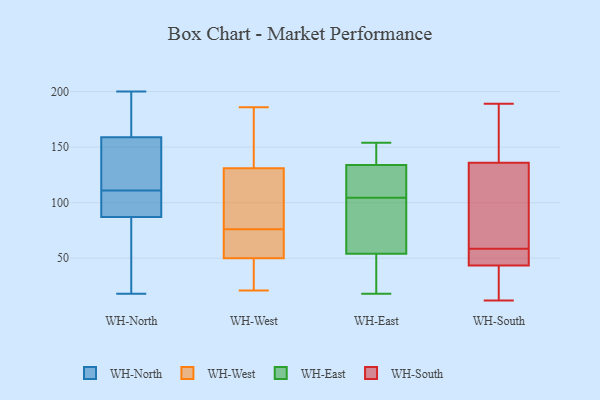
{"axis": {"x": "Tickets Resolved", "y": "Value"}, "legend": ["WH-East", "WH-North", "WH-South", "WH-West"], "data": [{"x": "", "y": 159, "type": "WH-North"}, {"x": "", "y": 76, "type": "WH-North"}, {"x": "", "y": 95, "type": "WH-North"}, {"x": "", "y": 191, "type": "WH-North"}, {"x": "", "y": 44, "type": "WH-North"}, {"x": "", "y": 200, "type": "WH-North"}, {"x": "", "y": 124, "type": "WH-North"}, {"x": "", "y": 103, "type": "WH-North"}, {"x": "", "y": 89, "type": "WH-North"}, {"x": "", "y": 200, "type": "WH-North"}, {"x": "", "y": 183, "type": "WH-North"}, {"x": "", "y": 18, "type": "WH-North"}, {"x": "", "y": 74, "type": "WH-North"}, {"x": "", "y": 125, "type": "WH-North"}, {"x": "", "y": 107, "type": "WH-North"}, {"x": "", "y": 134, "type": "WH-North"}, {"x": "", "y": 115, "type": "WH-North"}, {"x": "", "y": 87, "type": "WH-North"}, {"x": "", "y": 151, "type": "WH-West"}, {"x": "", "y": 81, "type": "WH-West"}, {"x": "", "y": 39, "type": "WH-West"}, {"x": "", "y": 111, "type": "WH-West"}, {"x": "", "y": 186, "type": "WH-West"}, {"x": "", "y": 39, "type": "WH-West"}, {"x": "", "y": 164, "type": "WH-West"}, {"x": "", "y": 21, "type": "WH-West"}, {"x": "", "y": 50, "type": "WH-West"}, {"x": "", "y": 32, "type": "WH-West"}, {"x": "", "y": 118, "type": "WH-West"}, {"x": "", "y": 52, "type": "WH-West"}, {"x": "", "y": 68, "type": "WH-West"}, {"x": "", "y": 131, "type": "WH-West"}, {"x": "", "y": 71, "type": "WH-West"}, {"x": "", "y": 130, "type": "WH-West"}, {"x": "", "y": 156, "type": "WH-West"}, {"x": "", "y": 50, "type": "WH-West"}, {"x": "", "y": 49, "type": "WH-East"}, {"x": "", "y": 130, "type": "WH-East"}, {"x": "", "y": 85, "type": "WH-East"}, {"x": "", "y": 117, "type": "WH-East"}, {"x": "", "y": 85, "type": "WH-East"}, {"x": "", "y": 149, "type": "WH-East"}, {"x": "", "y": 134, "type": "WH-East"}, {"x": "", "y": 154, "type": "WH-East"}, {"x": "", "y": 133, "type": "WH-East"}, {"x": "", "y": 54, "type": "WH-East"}, {"x": "", "y": 152, "type": "WH-East"}, {"x": "", "y": 92, "type": "WH-East"}, {"x": "", "y": 18, "type": "WH-East"}, {"x": "", "y": 44, "type": "WH-East"}, {"x": "", "y": 136, "type": "WH-South"}, {"x": "", "y": 18, "type": "WH-South"}, {"x": "", "y": 179, "type": "WH-South"}, {"x": "", "y": 46, "type": "WH-South"}, {"x": "", "y": 90, "type": "WH-South"}, {"x": "", "y": 12, "type": "WH-South"}, {"x": "", "y": 185, "type": "WH-South"}, {"x": "", "y": 106, "type": "WH-South"}, {"x": "", "y": 55, "type": "WH-South"}, {"x": "", "y": 57, "type": "WH-South"}, {"x": "", "y": 149, "type": "WH-South"}, {"x": "", "y": 46, "type": "WH-South"}, {"x": "", "y": 19, "type": "WH-South"}, {"x": "", "y": 136, "type": "WH-South"}, {"x": "", "y": 41, "type": "WH-South"}, {"x": "", "y": 41, "type": "WH-South"}, {"x": "", "y": 58, "type": "WH-South"}, {"x": "", "y": 189, "type": "WH-South"}, {"x": "", "y": 59, "type": "WH-South"}, {"x": "", "y": 118, "type": "WH-South"}]}